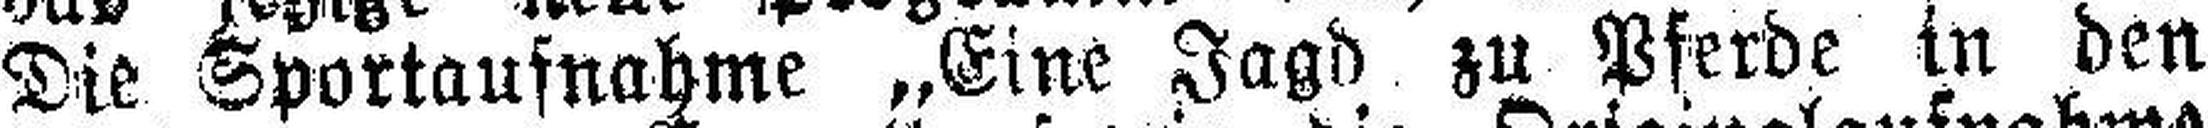
Die Sportaufnahme „Eine Jagd zu Pferde in den